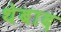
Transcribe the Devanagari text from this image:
थेबाद